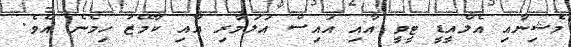
މެޝިނާއި އެލްއީޑީ ޓީވީ އާއި އައިސް އަލަމާރި އާއި ކާމޭޒު ހިމެނެ އެވެ.